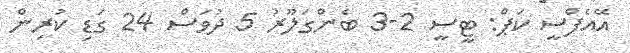
އޭއެފްސީ ކަޕް: ޓީސީ 2-3 ބެންގަލޫރު 5 ދުވަސް 24 ގަޑި ކުރިން